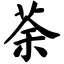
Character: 荼